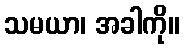
သမယာ၊ အခါကို။